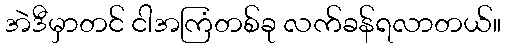
အဲဒီမှာတင် ငါအကြံတစ်ခု လက်ခန်ရလာတယ်။